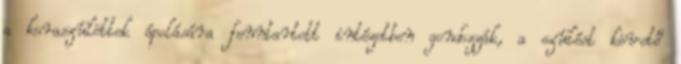
a koraszülöttek ápolására fenntartott intézetben gondozzák, a szülést követő